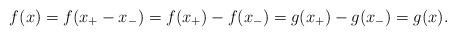
LaTeX: \begin{align*}f(x) = f(x_+ - x_-) = f(x_+) -f(x_-) = g(x_+) - g(x_-) = g(x).\end{align*}